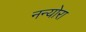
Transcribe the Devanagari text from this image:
नन्योरा